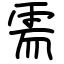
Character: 需